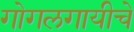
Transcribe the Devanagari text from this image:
गोगलगायीचे